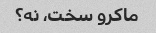
ماکرو سخت، نه؟